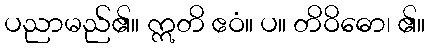
ပညာမည်၏။ ဣတိ ဧဝံ။ ပ။ တိဝိဓော၊ ၏။